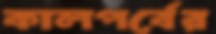
কালপর্বের